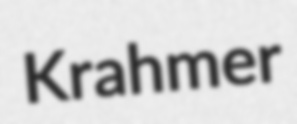
Krahmer